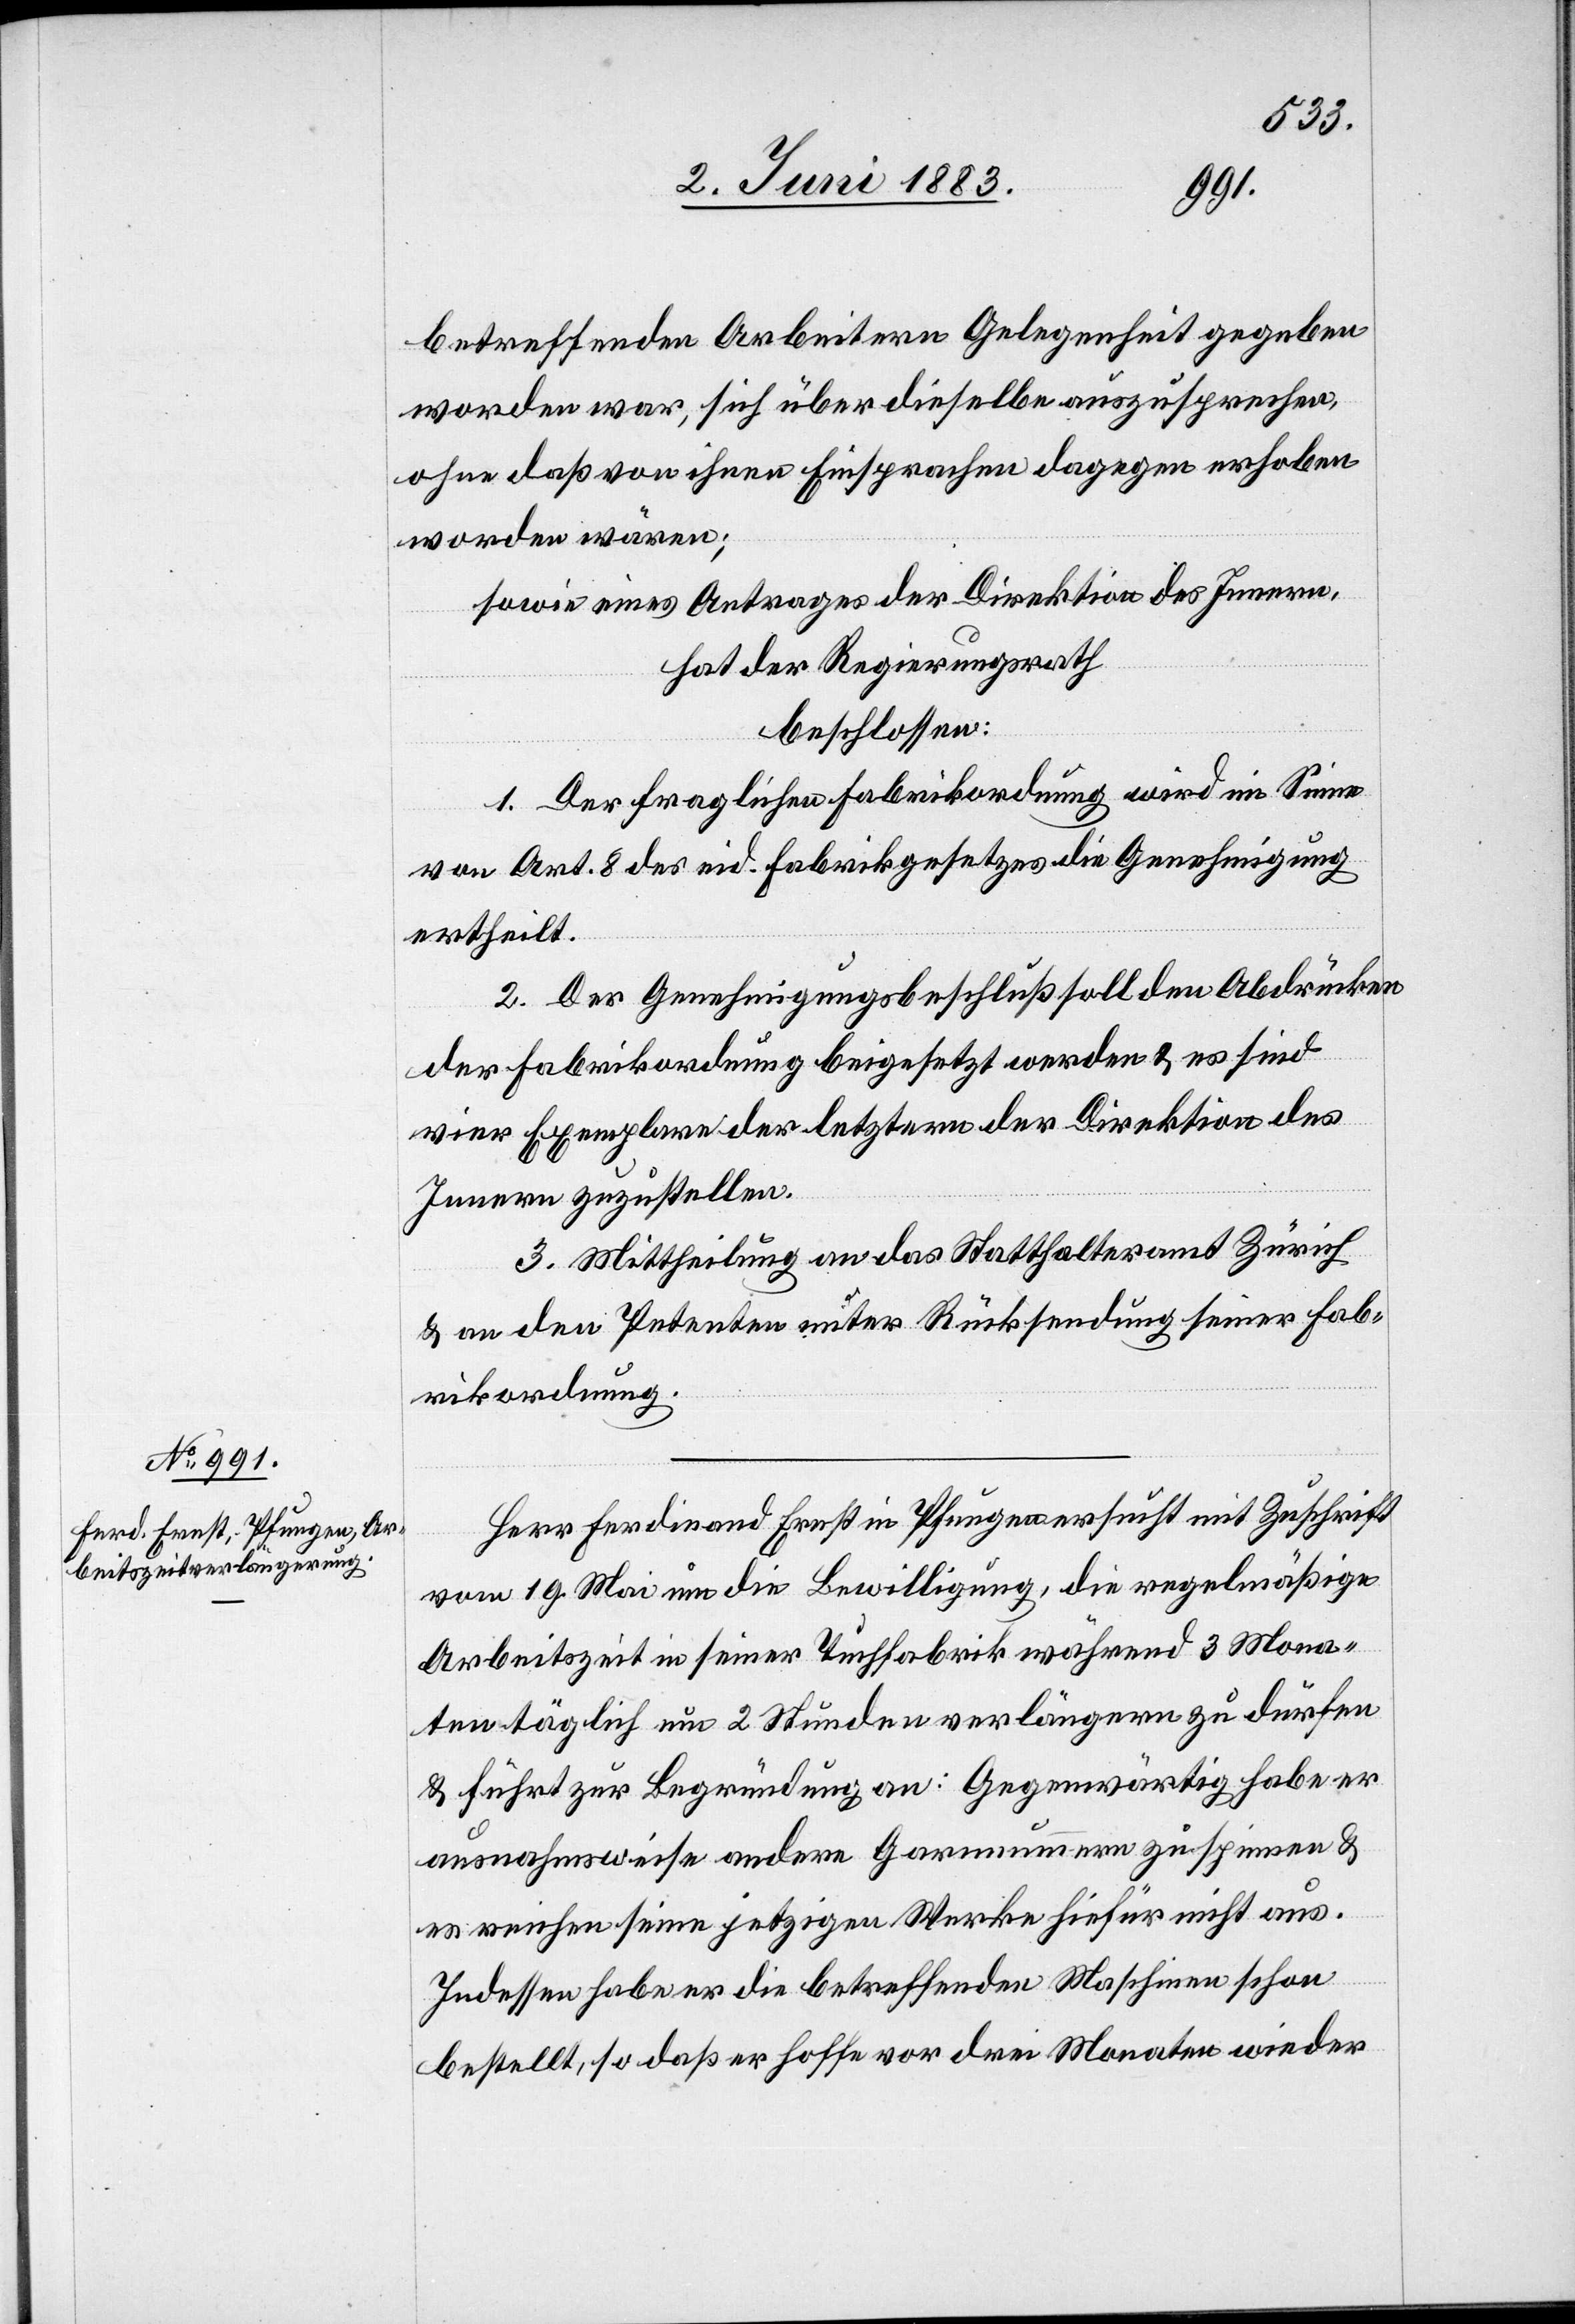
betreffenden Arbeitern Gelegenheit gegeben
worden war, sich über dieselbe auszusprechen,
ohne daß von ihnen Einsprachen dagegen erhoben
worden wären;
sowie eines Antrages der Direktion des Innern,
hat der Regierungsrath
beschlossen:
1. Der fraglichen Fabrikordnung wird im Sinne
von Art. 8 des eid. Fabrikgesetzes die Genehmigung
ertheilt.
2. Der Genehmigungsbeschluß soll den Abdrücken
der Fabrikordnung beigesetzt werden & es sind
vier Exemplare der letztern der Direktion des
Innern zuzustellen.
3. Mittheilung an das Statthalteramt Zürich
& an den Petenten unter Rücksendung seiner Fab¬
rikordnung.
Herr Ferdinand Ernst in Pfungen ersucht mit Zuschrift
vom 19. Mai um die Bewilligung, die regelmäßige
Arbeitszeit in seiner Tuchfabrik während 3 Mona¬
ten täglich um 2 Stunden verlängern zu dürfen
& führt zur Begründung an: Gegenwärtig habe er
ausnahmsweise andere Garnnummern zu spinnen &
es reichen seine jetzigen Werke hiefür nicht aus.
Indessen habe er die betreffenden Maschinen schon
bestellt, so daß er hoffe vor drei Monaten wieder